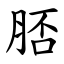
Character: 脴